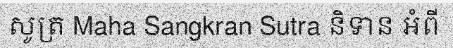
សូត្រ Maha Sangkran Sutra និទាន អំពី